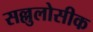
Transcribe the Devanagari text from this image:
सल्लुलोसीक